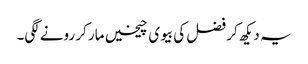
یہ دیکھ کر فضل کی بیوی چیخیں مار کر رونے لگی۔